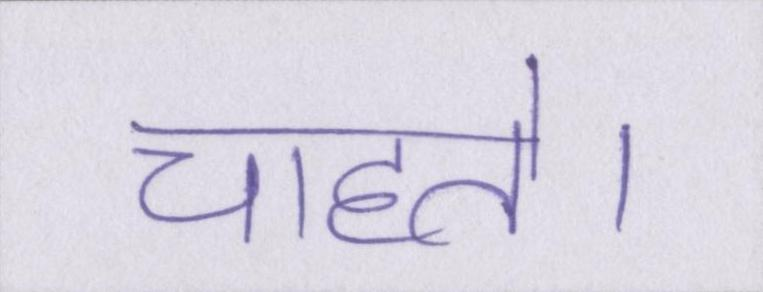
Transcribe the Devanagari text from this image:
चाहते।